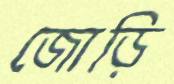
জোড়ি